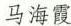
马海霞